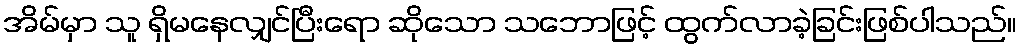
အိမ်မှာ သူ ရှိမနေလျှင်ပြီးရော ဆိုသော သဘောဖြင့် ထွက်လာခဲ့ခြင်းဖြစ်ပါသည်။